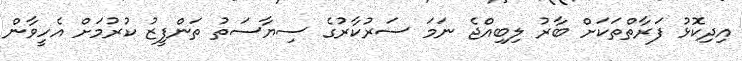
އިދިކޮޅު ފަރާތްތަކަށް ބާރު ލިބިއްޖެ ނަމަ ސަރުކާރުގެ ސިޔާސަތު ތަންފީޒު ކުރުމަށް އެހީވާން